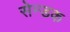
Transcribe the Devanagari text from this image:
सेन्डक